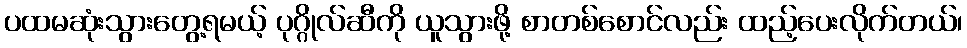
ပထမဆုံးသွားတွေ့ရမယ့် ပုဂ္ဂိုလ်ဆီကို ယူသွားဖို့ စာတစ်စောင်လည်း ထည့်ပေးလိုက်တယ်၊